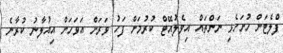
ފްލެޓަށް ހުށަހެޅި ނަންތައް އިވެލުއޭޓް ކުރުމަށް ފަހު ވަރަށް އަވަހަށް އިއުލާނު ކުރާނެ